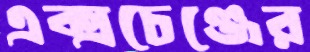
এক্সচেঞ্জের